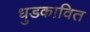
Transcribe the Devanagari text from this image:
धुडकावित